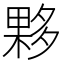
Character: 夥